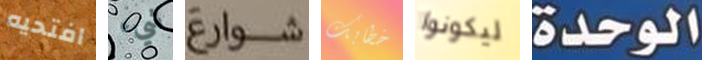
افتحيه شيء شوارع خطابك ليكونوا الوحدة